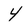
Character: 4